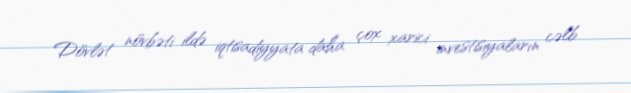
Dövlət növbəti ildə iqtisadiyyata daha çox xarici investisiyaların cəlb